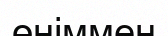
өніммен